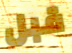
قبل